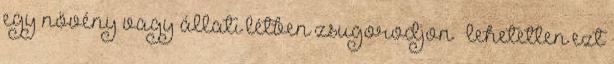
egy növény vagy állati létben zsugorodjon – lehetetlen ezt